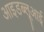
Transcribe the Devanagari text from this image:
आइडब्लूआई